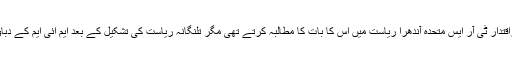
لکشمن کا الزام تھا کہ برسراقتدار ٹی آر ایس متحدہ آندھرا ریاست میں اس کا بات کا مطالبہ کرتے تھی مگر تلنگانہ ریاست کی تشکیل کے بعد ایم ائی ایم کے دباؤ میں ایسا نہیں کررہی ہے۔